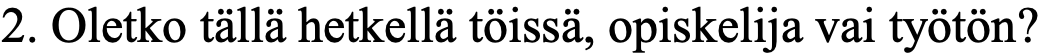
2. Oletko tällä hetkellä töissä, opiskelija vai työtön?